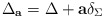
\begin{align*}\Delta_{\bf a}=\Delta +{\bf a} \delta_\Sigma\end{align*}